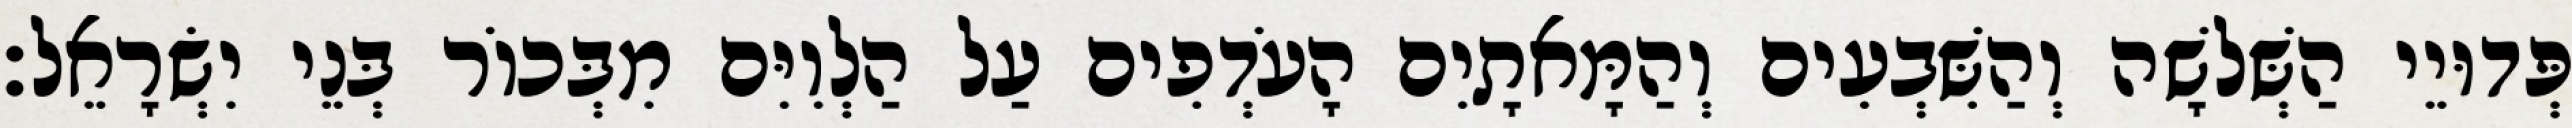
פְּדוּיֵי הַשְּׁלשָׁה וְהַשִּׁבְעִים וְהַמָּאתָיִם הָעֹדְפִים עַל הַלְוִיִּם מִבְּכוֹר בְּנֵי יִשְׂרָאֵל׃